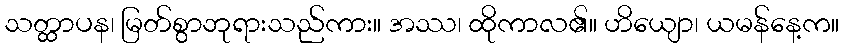
သတ္ထာပန၊ မြတ်စွာဘုရားသည်ကား။ အဿ၊ ထိုကာလ၏။ ဟိယျော၊ ယမန်နေ့က။